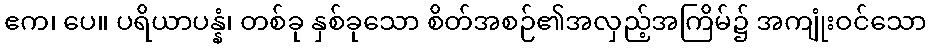
ဧက၊ ပေ။ ပရိယာပန္နံ၊ တစ်ခု နှစ်ခုသော စိတ်အစဉ်၏အလှည့်အကြိမ်၌ အကျုံးဝင်သော